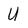
Character: U